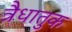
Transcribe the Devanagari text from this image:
त्रैधातुक